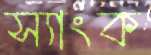
স্যাংক